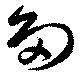
多